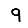
Digit: 9